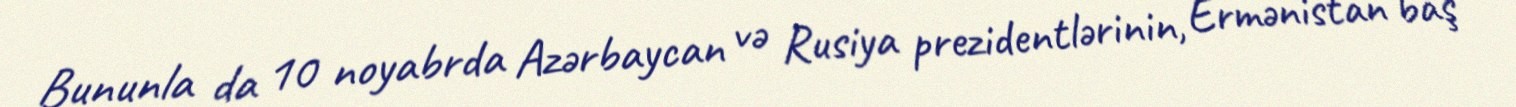
Bununla da 10 noyabrda Azərbaycan və Rusiya prezidentlərinin, Ermənistan baş